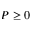
P \ge 0